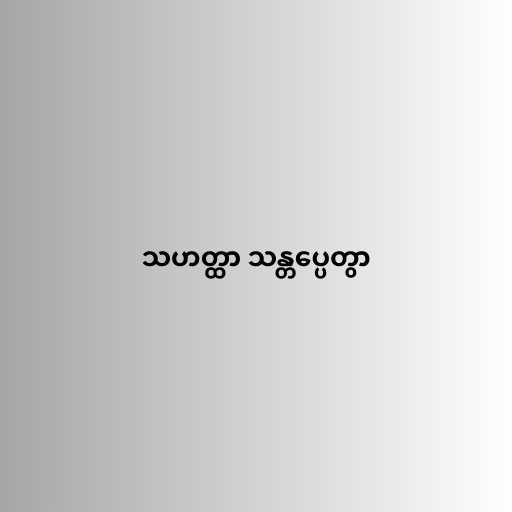
သဟတ္ထာ သန္တပ္ပေတွာ